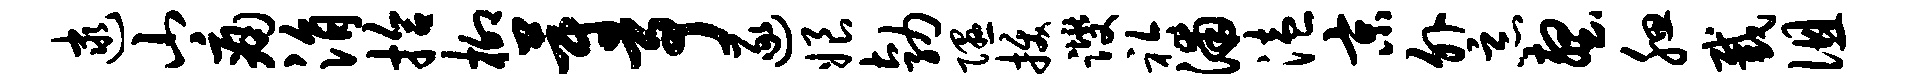
逮山痛涓拾柳蔚予逐娘勃隰拔躞衿浦溘京外恶壑腮截徂